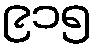
၉၁၅